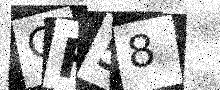
Text: GF58